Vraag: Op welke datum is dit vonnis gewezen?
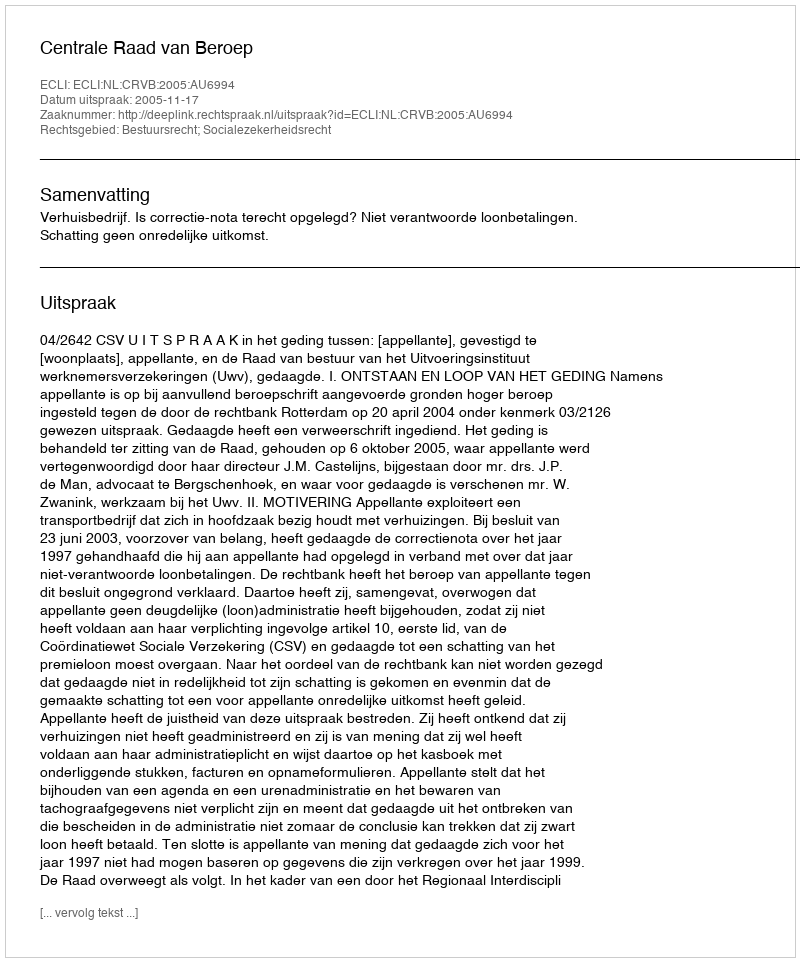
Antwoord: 2005-11-17